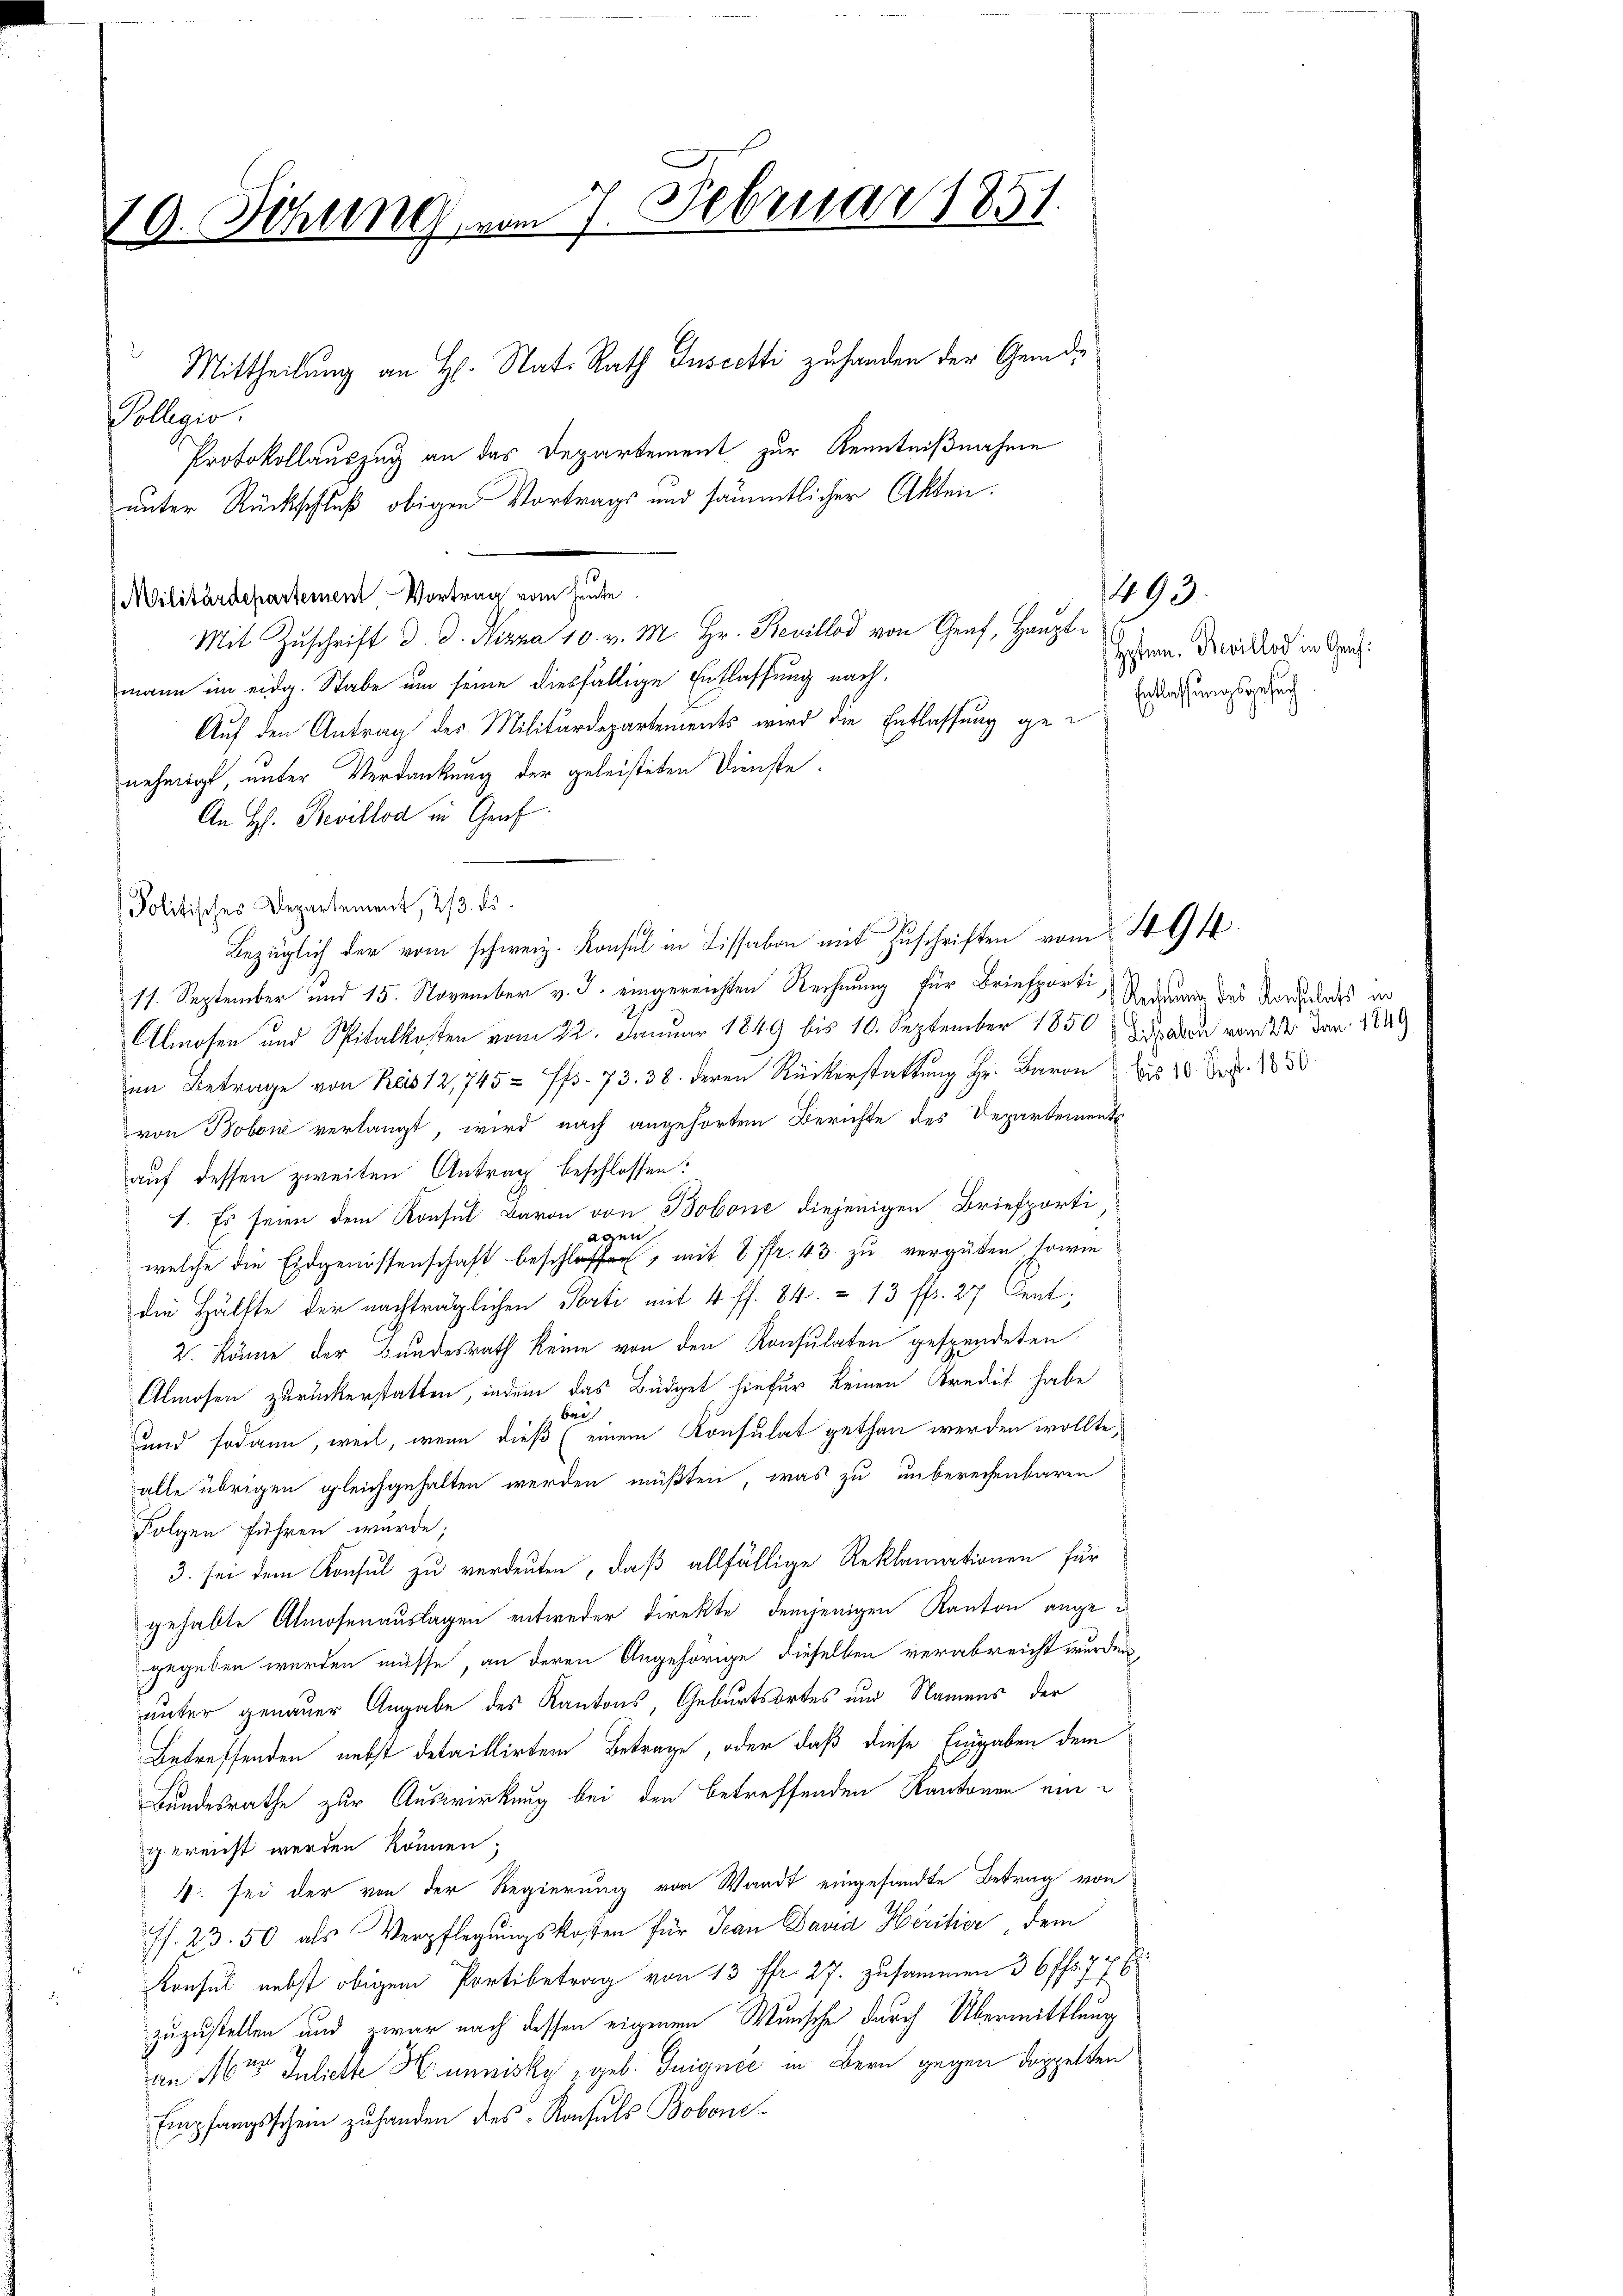
19. Sitzung vom 7. Februar 1851.

d
Collegio.
Militärdepartement, Vortrag vom heute.
Mit Zŭschrift d. d. Nizza 10. v. M. Hr. Bevillod von Graf, Hauptmann im eidg. Stabe um seine diesfällige Entlassung nach¬
Auf den Antrag des Militärdepartements wird die Entlassung genehmigt, unter Verdankung der geleisteten Dienste.
An H. Bevillod in Graf
Bezüglich der vom schweiz. Konsul in Lissabon mit Zuschriften vom 494.
17. September und 15. November v. J. eingereichten Rechnung für Briefporti Redung des Vorzules er
Almosen und Spitalkosten vom 22. Januar 1849 bis 10. September 1850 l. J. Bau vom 24. Jan. 1849
im Betrage von Reis 12, 745 - 7fr. 73. 38. deren Rückerstattung Hr. Baron bis 10 Fr. 1830.
von Boben verlangt, wird nach angehörtem Berichte des Departements
auf dessen zweiten Antrag beschlossen:
I. Es seien dem Konsul Baron von Bobone diejenigen Briefporti
agen
welche die Eidgenossenschaft beschlossen, mit 2 fr. 43. zu vergüten, sowie
die Hälfte der nachträglichen Perti mit 4 ff. 84. 13 ff. 27 Cent
2. könne der Bundesrath keine von den Konsulaten gespendeten
Almosen zurückerstatten, indem das Büdget hiefür keinen Kredit habe
bei
und sodann, weil, wenn dieß (einem Konsulat gethan werden wollte,
alle übrigen gleichgehalten werden müßten, was zu unberechenbaren
Folgen führen wurde;
3. sei dem Konsul zu verdeuten, daß allfällige Reklamationen für
gehabte Almosenauslagen entweder Direkte demjenigen Kanton angegegeben werden müsse, an deren Angehörige dieselben verabreicht wurden,
unter genauer Angabe des Kantons, Geburtsortes und Namens der
Betreffenden nebst detaillirtem Betrage, oder daß diese Eingaben dem
Bundesrathe zur Auswirkung bei den betreffenden Kantonen ein
gereicht werden können;
5. sei der von der Regierung von Waadt eingesandte Betrag von
ff. 23. 50 als Verpflegungskosten für Jean Paria Heritier, dem
19
Konsul nebst obigem Portibetrag von 13 ffr. 27. zusammen 36 ff. 776
zuzustellen und zwar nach dessen eigenen Wunsche durch Übermittlung
2
an 16t Julieth Hunnisky geb. Guignie in Bern gegen doppelten
Empfangsschein zuhanden des Rachels Bobone-

Politisches Departement, 2/3. ds.

Protokollauszug an das Departement zur Kenntnißnahme

Mittheilung an H. Nat. Rath Iuscetti zu handen der Gemd¬

unter Rückschluß obigen Vortrags und sämmtlicher Akten:

1493.
Hosten. Bevillod in Graf:
Entlassungsgesuch